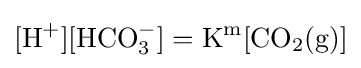
\mathrm {[H^{+}][HCO_{3}^{-}]} =\mathrm {K^{m}[CO_{2}(g)]}